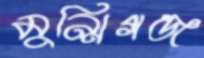
মুন্সিগঞ্জ